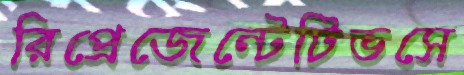
রিপ্রেজেন্টেটিভসে